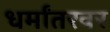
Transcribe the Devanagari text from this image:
धर्मांतरवर